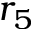
r _ { 5 }